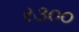
ર૩૦૦